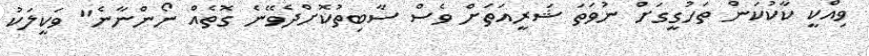
ވިއްކީ ކާކުކަން ތަހުގީގަށް ނުވަތަ ޝަރީއަތަށް ވެސް ސާބިތުކޮށްދެވޭނެ ގޮތެއް ނޯންނާނެ" ވަކީލަކު